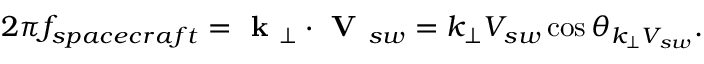
2 \pi f _ { s p a c e c r a f t } = \textbf { k } _ { \perp } \cdot \textbf { V } _ { s w } = k _ { \perp } V _ { s w } \cos \theta _ { k _ { \perp } V _ { s w } } .